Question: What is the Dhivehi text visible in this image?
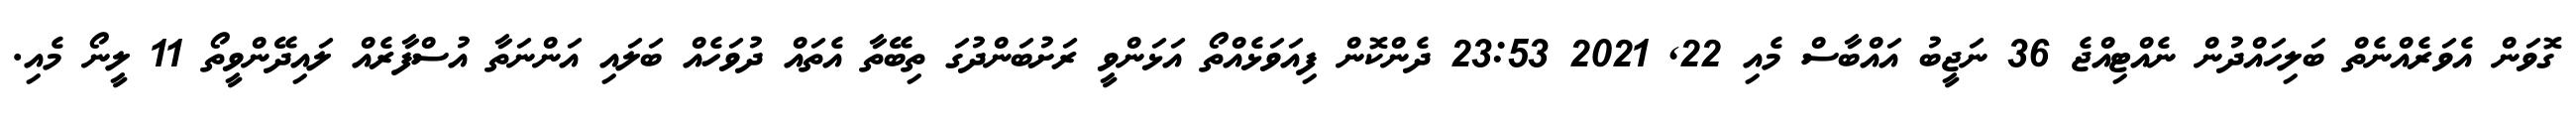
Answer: ގޮވަން އެވަރެއްނެތް ބަލިހައްދުން ނެއްޓިއްޖެ 36 ނަޖީބު އައްބާސް މެއި 22, 2021 23:53 ދެންކޮން ފިއަވަޅެއްތޯ އަޅަންވީ ރަށުބަންދުގަ ތިބޭތާ އެތައް ދުވަހެއް ބަލައި އަންނަތާ އުސްފާރެއް ލައިދޭންވީތޯ 11 ލީނޯ މެއި.